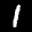
Label: 1